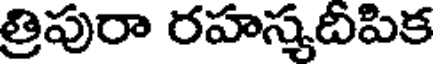
త్రిపురా రహస్యదిపిక